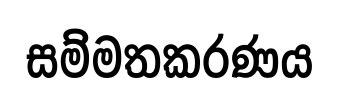
සම්මතකරණය